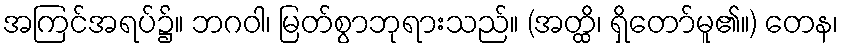
အကြင်အရပ်၌။ ဘဂဝါ၊ မြတ်စွာဘုရားသည်။ (အတ္ထိ၊ ရှိတော်မူ၏။) တေန၊